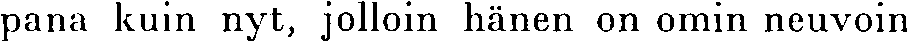
pana kuin nyt, jolloin hänen on omin neuvoin